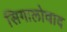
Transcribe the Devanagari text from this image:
सिगालोवाद